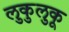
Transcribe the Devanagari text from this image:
लुकुलुकू